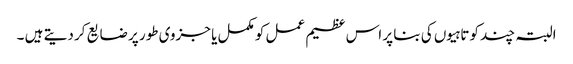
البتہ چند کوتاہیوں کی بنا پر اس عظیم عمل کو مکمل یا جزوی طور پر ضایع کر دیتے ہیں ۔